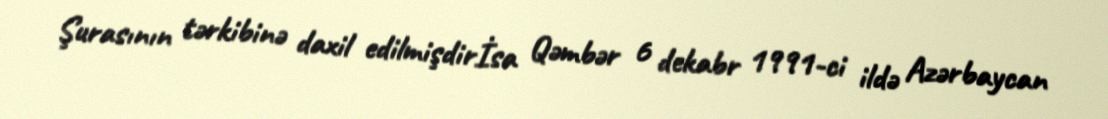
Şurasının tərkibinə daxil edilmişdirİsa Qəmbər 6 dekabr 1991-ci ildə Azərbaycan